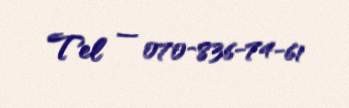
Tel — 070-836-74-61